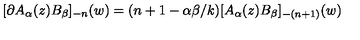
[ \partial A _ { \alpha } ( z ) B _ { \beta } ] _ { - n } ( w ) = ( n + 1 - \alpha \beta / k ) [ A _ { \alpha } ( z ) B _ { \beta } ] _ { - ( n + 1 ) } ( w )